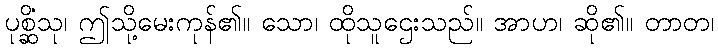
ပုစ္ဆိံသု၊ ဤသို့မေးကုန်၏။ သော၊ ထိုသူဌေးသည်။ အာဟ၊ ဆို၏။ တာတ၊